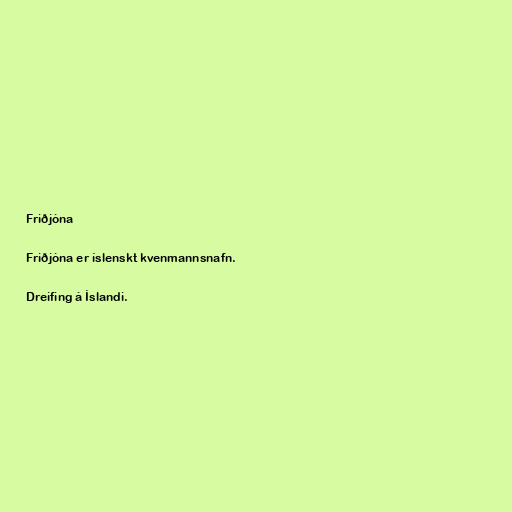
Friðjóna

Friðjóna er íslenskt kvenmannsnafn.

Dreifing á Íslandi.